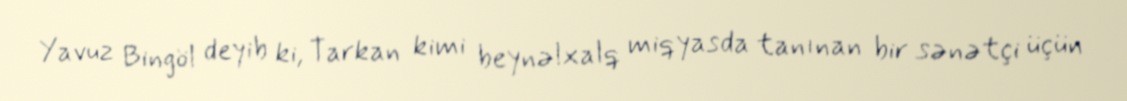
Yavuz Bingöl deyib ki, Tarkan kimi beynəlxalq miqyasda tanınan bir sənətçi üçün